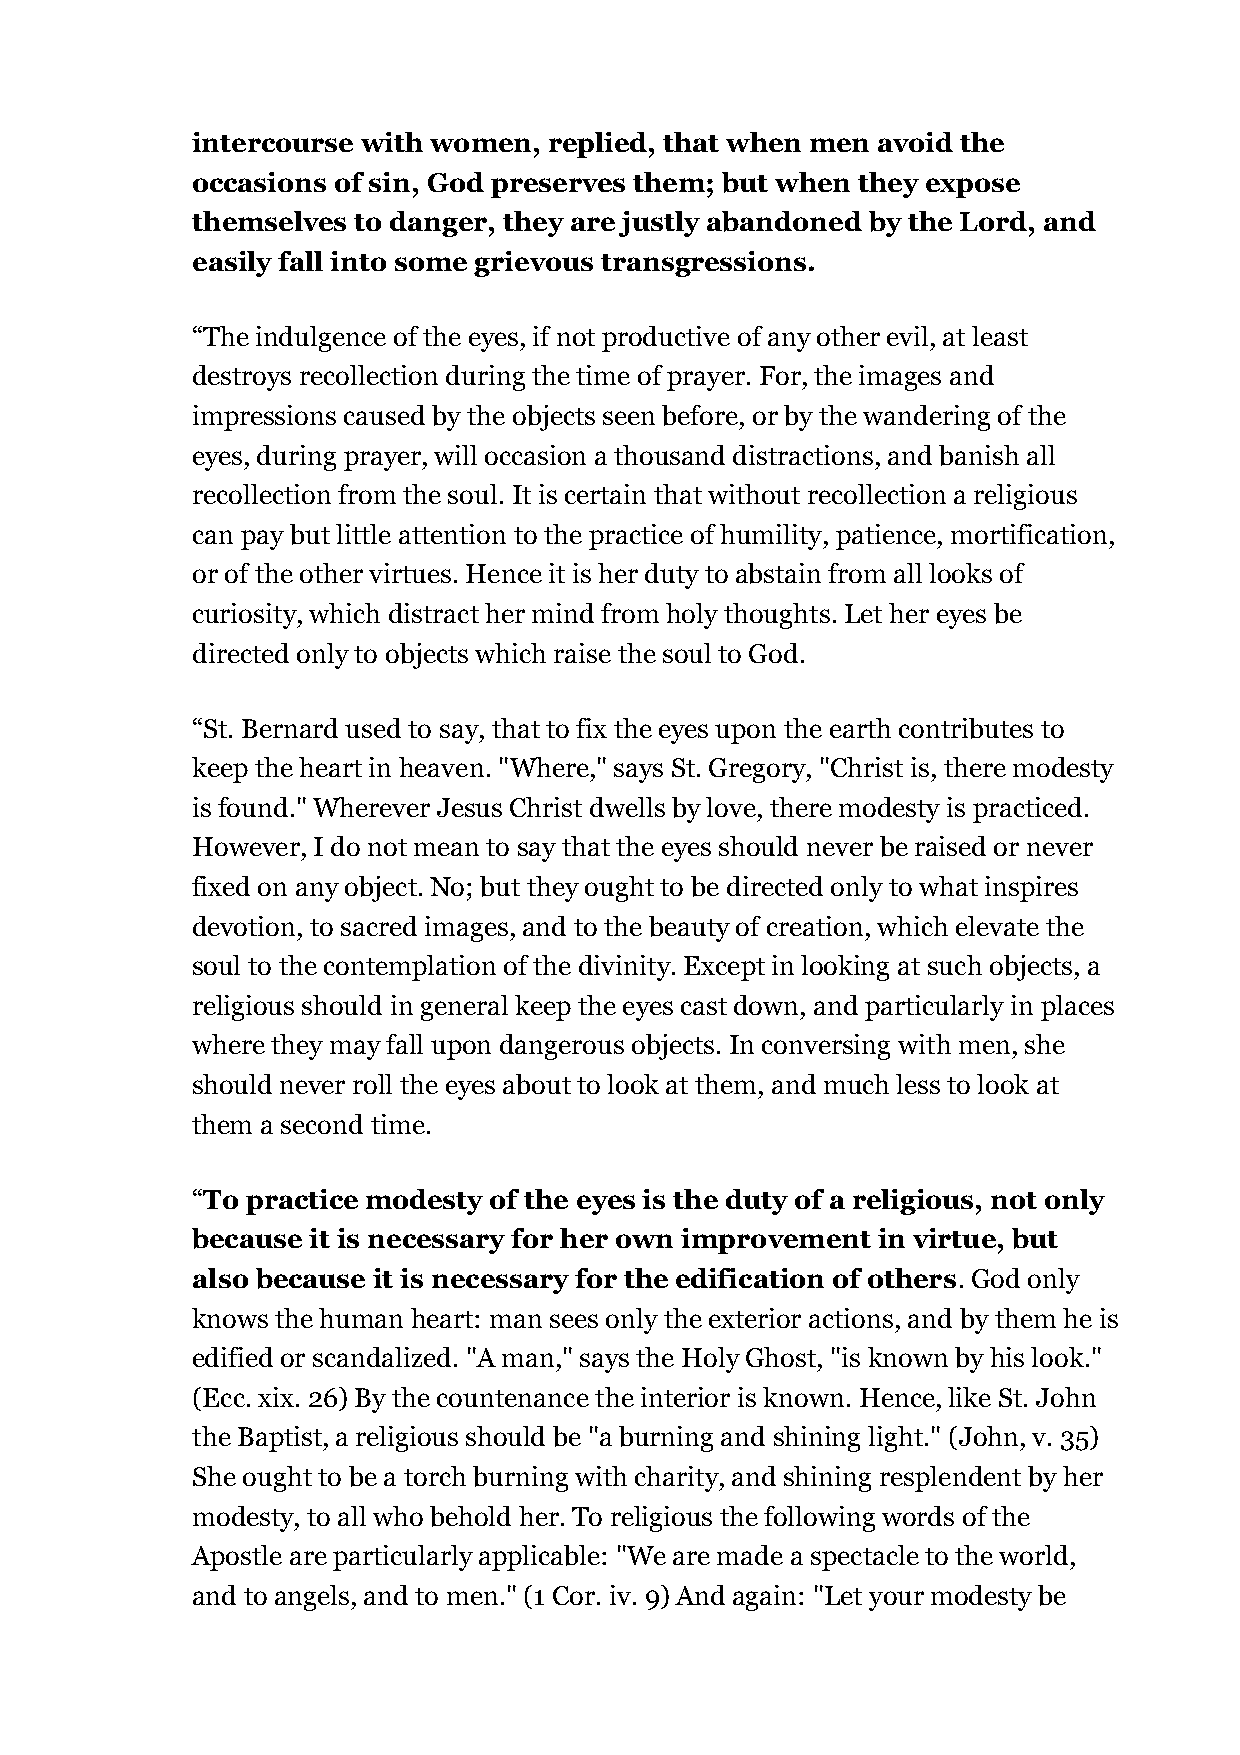
intercourse with women, replied, that when men avoid the
 occasions of sin, God preserves them; but when they expose
 themselves to danger, they are justly abandoned by the Lord, and
 easily fall into some grievous transgressions.
 “The indulgence of the eyes, if not productive of any other evil, at least
 destroys recollection during the time of prayer. For, the images and
 impressions caused by the objects seen before, or by the wandering of the
 eyes, during prayer, will occasion a thousand distractions, and banish all
 recollection from the soul. It is certain that without recollection a religious
 can pay but little attention to the practice of humility, patience, mortification,
 or of the other virtues. Hence it is her duty to abstain from all looks of
 curiosity, which distract her mind from holy thoughts. Let her eyes be
 directed only to objects which raise the soul to God.
 “St. Bernard used to say, that to fix the eyes upon the earth contributes to
 keep the heart in heaven. "Where," says St. Gregory, "Christ is, there modesty
 is found." Wherever Jesus Christ dwells by love, there modesty is practiced.
 However, I do not mean to say that the eyes should never be raised or never
 fixed on any object. No; but they ought to be directed only to what inspires
 devotion, to sacred images, and to the beauty of creation, which elevate the
 soul to the contemplation of the divinity. Except in looking at such objects, a
 religious should in general keep the eyes cast down, and particularly in places
 where they may fall upon dangerous objects. In conversing with men, she
 should never roll the eyes about to look at them, and much less to look at
 them a second time.
 “To practice modesty of the eyes is the duty of a religious, not only
 because it is necessary for her own improvement in virtue, but
 also because it is necessary for the edification of others. God only
 knows the human heart: man sees only the exterior actions, and by them he is
 edified or scandalized. "A man," says the Holy Ghost, "is known by his look."
 (Ecc. xix. 26) By the countenance the interior is known. Hence, like St. John
 the Baptist, a religious should be "a burning and shining light." (John, v. 35)
 She ought to be a torch burning with charity, and shining resplendent by her
 modesty, to all who behold her. To religious the following words of the
 Apostle are particularly applicable: "We are made a spectacle to the world,
 and to angels, and to men." (1 Cor. iv. 9) And again: "Let your modesty be